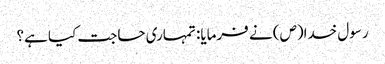
رسول خدا(ص) نے فرمایا: تمہاری حاجت کیا ہے؟